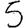
Digit: 5